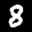
Label: 8